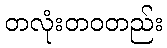
တလုံးတဝတည်း